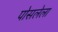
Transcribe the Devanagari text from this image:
पोसलेला